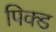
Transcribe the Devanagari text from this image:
पिक्ड